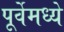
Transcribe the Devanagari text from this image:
पूर्वेमध्ये